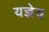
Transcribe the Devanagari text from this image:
यज्ञेय